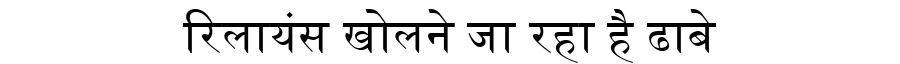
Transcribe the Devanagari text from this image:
रिलायंस खोलने जा रहा है ढाबे